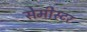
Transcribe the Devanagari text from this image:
सेमीस्टर